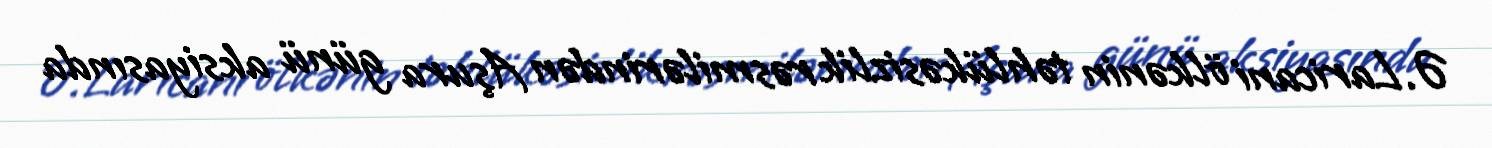
Ə.Laricani ölkənin təhlükəsizlik rəsmilərindən Aşura günü aksiyasında